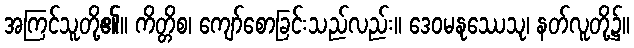
အကြင်သူတို့၏။ ကိတ္တိစ၊ ကျော်စောခြင်းသည်လည်း။ ဒေဝမနုဿေသု၊ နတ်လူတို့၌။